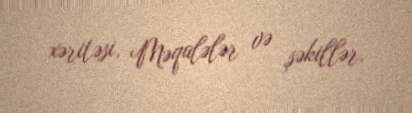
xəritəsi, Məqalələr və şəkillər.